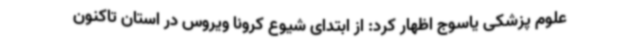
علوم پزشکی یاسوج اظهار کرد: از ابتدای شیوع کرونا ویروس در استان تاکنون